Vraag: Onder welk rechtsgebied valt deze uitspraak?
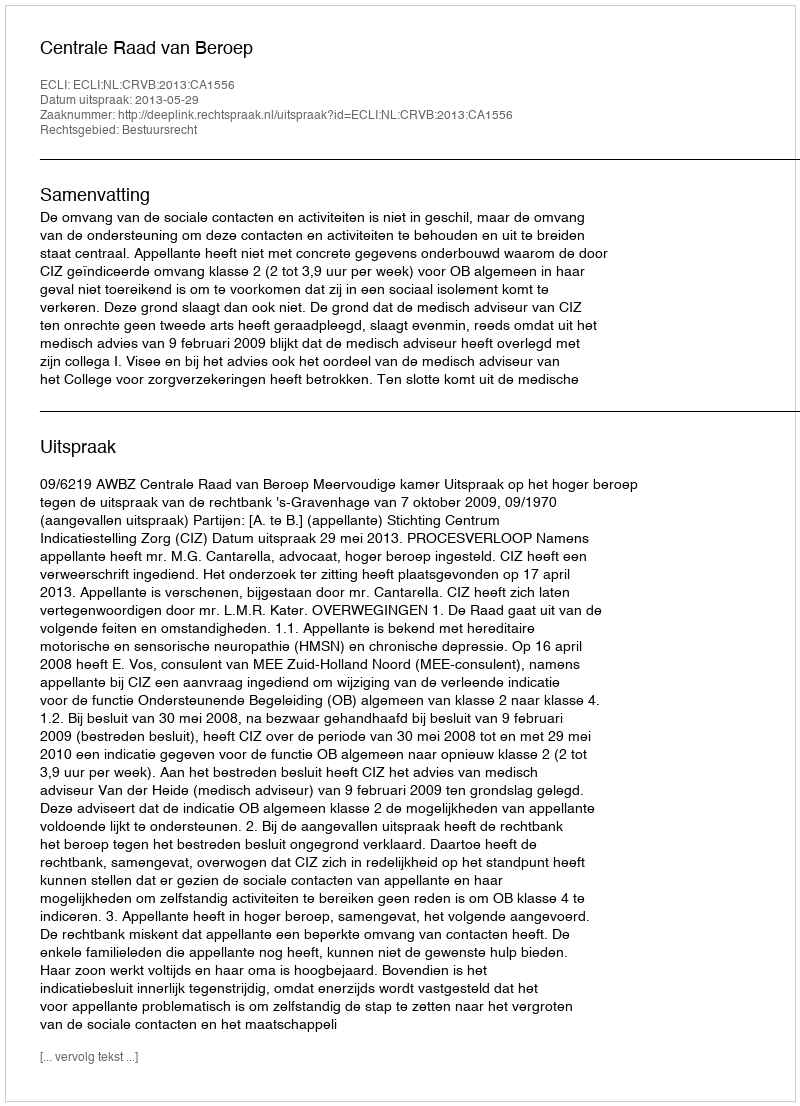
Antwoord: Bestuursrecht